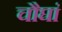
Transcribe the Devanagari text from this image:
चौघां